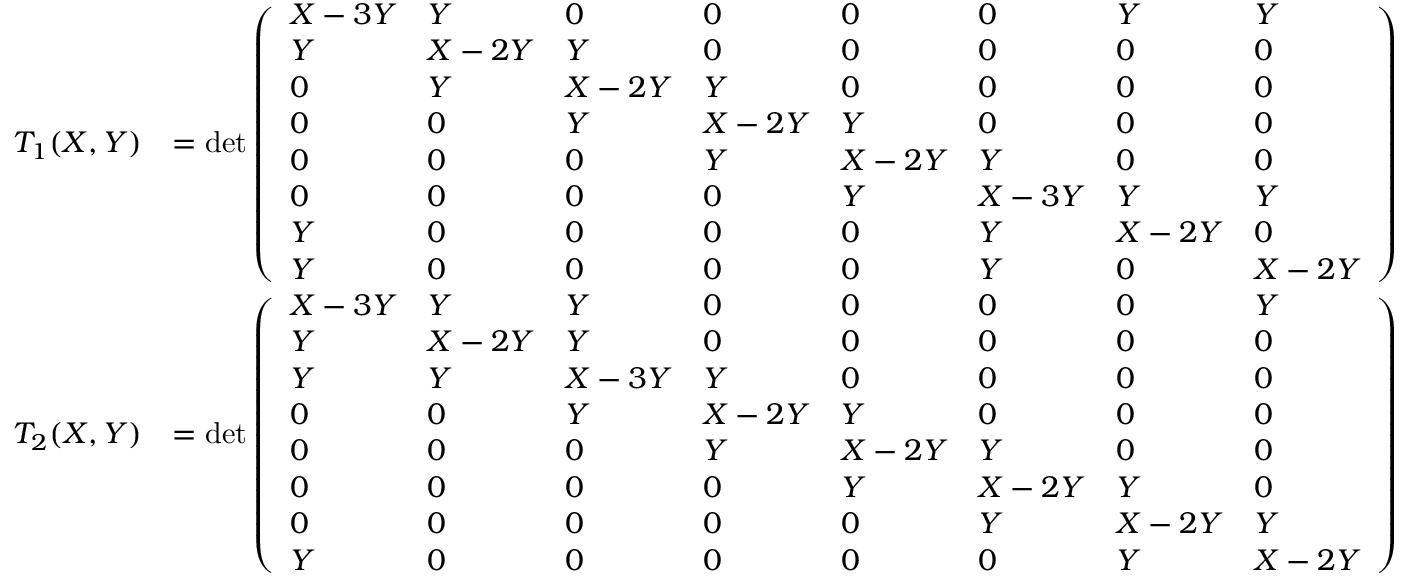
\begin{array} { r l } { T _ { 1 } ( X , Y ) } & { = \operatorname* { d e t } \left( \begin{array} { l l l l l l l l } { X - 3 Y } & { Y } & { 0 } & { 0 } & { 0 } & { 0 } & { Y } & { Y } \\ { Y } & { X - 2 Y } & { Y } & { 0 } & { 0 } & { 0 } & { 0 } & { 0 } \\ { 0 } & { Y } & { X - 2 Y } & { Y } & { 0 } & { 0 } & { 0 } & { 0 } \\ { 0 } & { 0 } & { Y } & { X - 2 Y } & { Y } & { 0 } & { 0 } & { 0 } \\ { 0 } & { 0 } & { 0 } & { Y } & { X - 2 Y } & { Y } & { 0 } & { 0 } \\ { 0 } & { 0 } & { 0 } & { 0 } & { Y } & { X - 3 Y } & { Y } & { Y } \\ { Y } & { 0 } & { 0 } & { 0 } & { 0 } & { Y } & { X - 2 Y } & { 0 } \\ { Y } & { 0 } & { 0 } & { 0 } & { 0 } & { Y } & { 0 } & { X - 2 Y } \end{array} \right) } \\ { T _ { 2 } ( X , Y ) } & { = \operatorname* { d e t } \left( \begin{array} { l l l l l l l l } { X - 3 Y } & { Y } & { Y } & { 0 } & { 0 } & { 0 } & { 0 } & { Y } \\ { Y } & { X - 2 Y } & { Y } & { 0 } & { 0 } & { 0 } & { 0 } & { 0 } \\ { Y } & { Y } & { X - 3 Y } & { Y } & { 0 } & { 0 } & { 0 } & { 0 } \\ { 0 } & { 0 } & { Y } & { X - 2 Y } & { Y } & { 0 } & { 0 } & { 0 } \\ { 0 } & { 0 } & { 0 } & { Y } & { X - 2 Y } & { Y } & { 0 } & { 0 } \\ { 0 } & { 0 } & { 0 } & { 0 } & { Y } & { X - 2 Y } & { Y } & { 0 } \\ { 0 } & { 0 } & { 0 } & { 0 } & { 0 } & { Y } & { X - 2 Y } & { Y } \\ { Y } & { 0 } & { 0 } & { 0 } & { 0 } & { 0 } & { Y } & { X - 2 Y } \end{array} \right) } \end{array}